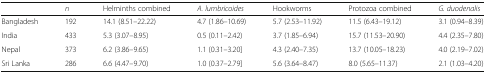
<table><thead><tr><td></td><td><b><i>n</i></b></td><td><b>Helminths combined</b></td><td><b><i>A. lumbricoides</i></b></td><td><b>Hookworms</b></td><td><b>Protozoa combined</b></td><td><b><i>G. duodenalis</i></b></td></tr></thead><tbody><tr><td>Bangladesh</td><td>192</td><td>14.1 (8.51–22.22)</td><td>4.7 (1.86–10.69)</td><td>5.7 (2.53–11.92)</td><td>11.5 (6.43–19.12)</td><td>3.1 (0.94–8.39)</td></tr><tr><td>India</td><td>433</td><td>5.3 (3.07–8.95)</td><td>0.5 (0.11–2.42)</td><td>3.7 (1.85–6.94)</td><td>15.7 (11.53–20.90)</td><td>4.4 (2.35–7.80)</td></tr><tr><td>Nepal</td><td>373</td><td>6.2 (3.86–9.65)</td><td>1.1 (0.31–3.20]</td><td>4.3 (2.40–7.35)</td><td>13.7 (10.05–18.23)</td><td>4.0 (2.19–7.02)</td></tr><tr><td>Sri Lanka</td><td>286</td><td>6.6 (4.47–9.70)</td><td>1.0 (0.37–2.79]</td><td>5.6 (3.64–8.47)</td><td>8.0 (5.65–11.37)</td><td>2.1 (1.03–4.20)</td></tr></tbody></table>